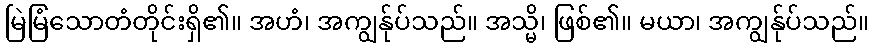
မြဲမြံသောတံတိုင်းရှိ၏။ အဟံ၊ အကျွန်ုပ်သည်။ အသ္မိ၊ ဖြစ်၏။ မယာ၊ အကျွန်ုပ်သည်။